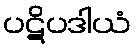
ပဋိပဒါယံ